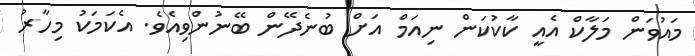
މައުވަން މަލާކް އެއީ ކާކުކަން ނިއަމް އަށް ބުނެދޭން ބޭނުންވިއެވެ. އެކަމަކު މިހާރު